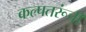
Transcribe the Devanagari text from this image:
कल्पतरूंची